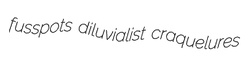
fusspots diluvialist craquelures